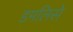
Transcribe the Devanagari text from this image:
डमलिसे